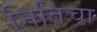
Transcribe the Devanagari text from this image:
नितिचा